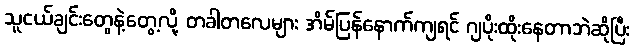
သူငယ်ချင်းတွေနဲ့တွေ့လို့ တခါတလေများ အိမ်ပြန်နောက်ကျရင် ဂျပိုးထိုးနေတာဘဲဆိုပြီး